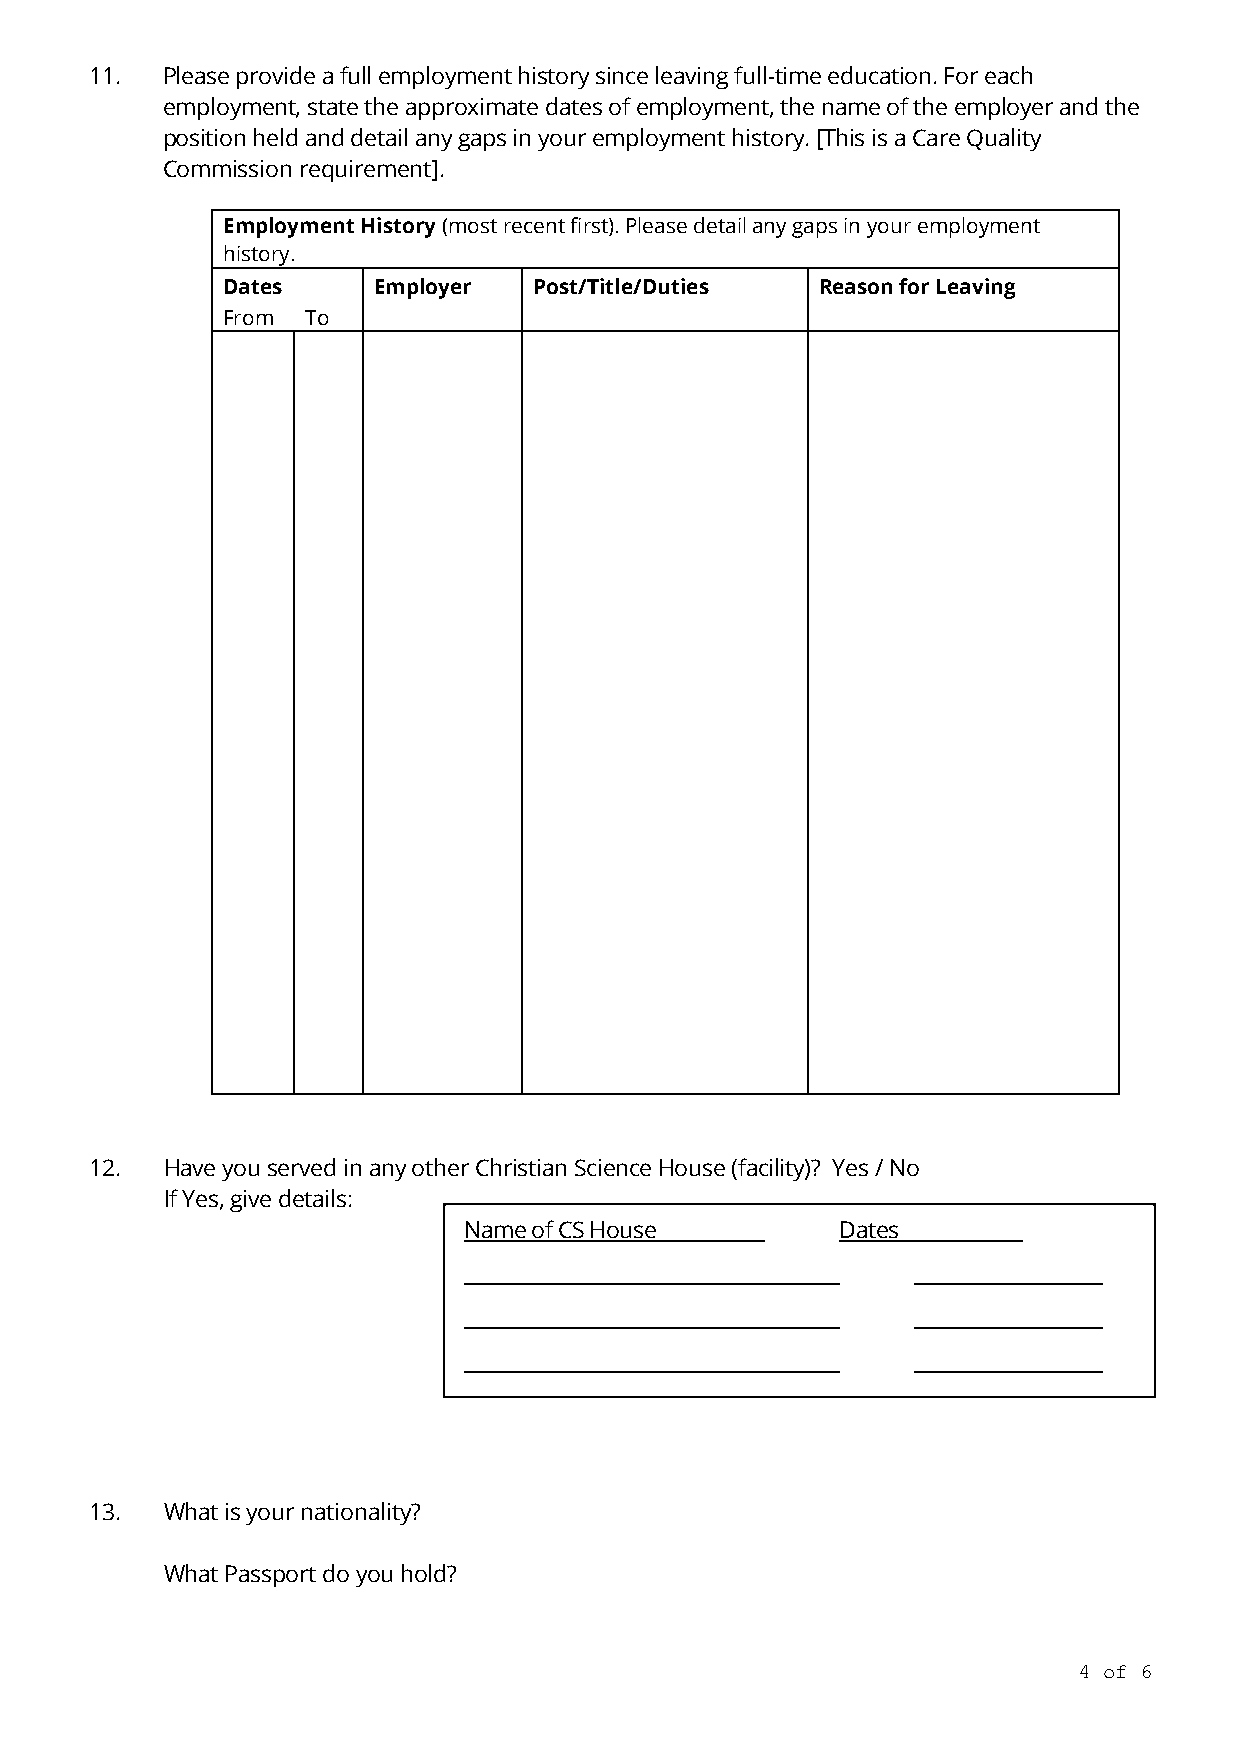
11.  Please provide a full employment history since leaving full-time education. For each
 employment, state the approximate dates of employment, the name of the employer and the
 position held and detail any gaps in your employment history. [This is a Care Quality
 Commission requirement].
 Employment History (most recent first). Please detail any gaps in your employment
 history.
 Dates     Employer  Post/Title/Duties  Reason for Leaving
 From To
 12.  Have you served in any other Christian Science House (facility)? Yes / No
 If Yes, give details:
 Name of CS House         Dates
 13.  What is your nationality?
 What Passport do you hold?
 4 of 6